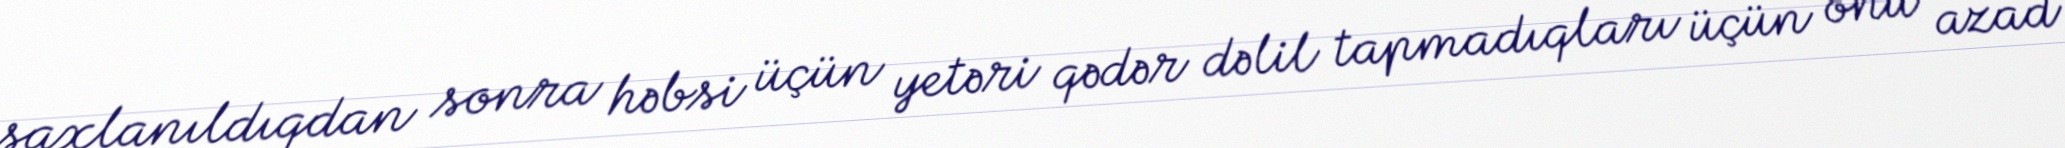
saxlanıldıqdan sonra həbsi üçün yetəri qədər dəlil tapmadıqları üçün onu azad